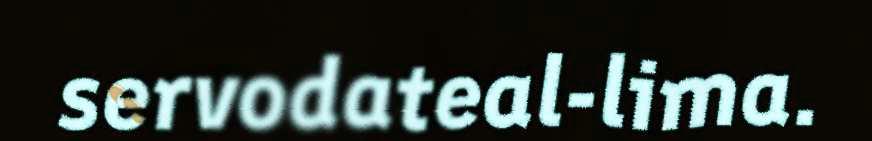
servodateal-lima.